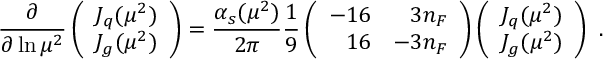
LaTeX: { \frac { \partial } { \partial \ln \mu ^ { 2 } } } \left( \begin{array} { c } { { J _ { q } ( \mu ^ { 2 } ) } } \\ { { J _ { g } ( \mu ^ { 2 } ) } } \end{array} \right) = { \frac { \alpha _ { s } ( \mu ^ { 2 } ) } { 2 \pi } } { \frac { 1 } { 9 } } \left( \begin{array} { r r } { { - 1 6 } } & { { 3 n _ { F } } } \\ { { 1 6 } } & { { - 3 n _ { F } } } \end{array} \right) \left( \begin{array} { c } { { J _ { q } ( \mu ^ { 2 } ) } } \\ { { J _ { g } ( \mu ^ { 2 } ) } } \end{array} \right) \ .